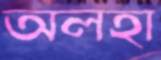
অলহা